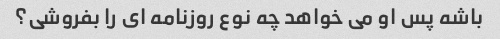
باشه پس او می خواهد چه نوع روزنامه ای را بفروشی؟